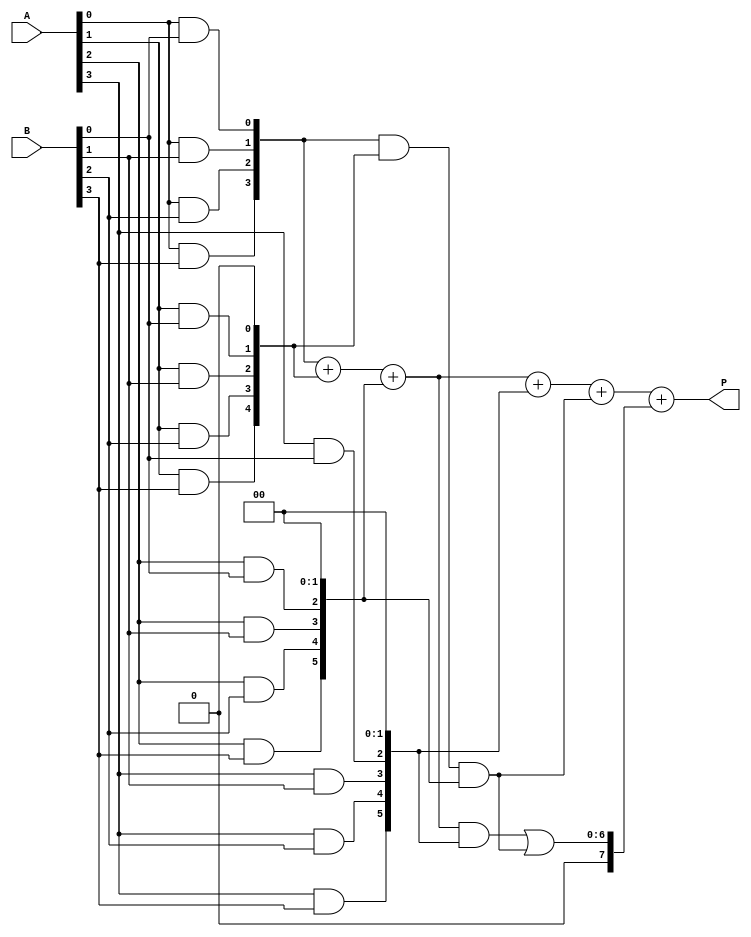
module dadda_multiplier (
    input [3:0] A,
    input [3:0] B,
    output reg [7:0] P
);
    // Partial products
    wire [3:0] pp [3:0]; // Partial products array

    // Generate partial products
    genvar i, j;
    generate
        for (i = 0; i < 4; i = i + 1) begin : pp_gen
            for (j = 0; j < 4; j = j + 1) begin : pp_inner
                assign pp[i][j] = A[i] & B[j];
            end
        end
    endgenerate

    // Dadda reduction tree
    wire [7:0] sum [3:0]; // Intermediate sums
    wire [7:0] carry [3:0]; // Carry bits

    // Stage 1: Reduce the first three columns
    assign sum[0] = {4'b0000, pp[0]} + {3'b000, pp[1], 1'b0} + {2'b00, pp[2], 2'b00}; // Half adders and full adders
    assign carry[0] = {4'b0000, pp[0]} & {3'b000, pp[1], 1'b0} & {2'b00, pp[2], 2'b00};

    // Stage 2: Reduce the next columns
    assign sum[1] = sum[0] + {2'b00, pp[3], 2'b00} + carry[0];
    assign carry[1] = (sum[0] & {2'b00, pp[3], 2'b00}) | (carry[0]);

    // Final stage: Sum the results
    always @(*) begin
        P = sum[1] + carry[1];
    end
endmodule